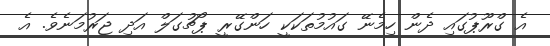
އެ ގްރޫޕުގައި ދެން ހިމެނޭ ގައުމުތަކަކީ ހަންގޭރީ ޕޯޗުގަލް އަދި ޖަރުމަނެވެ. އެ